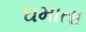
ઘમાતા